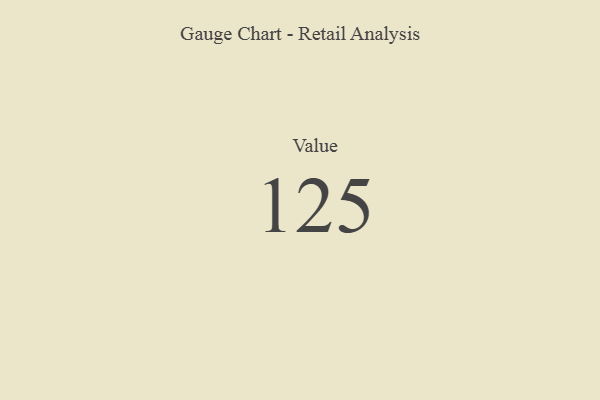
{"axis": {"x": "Metric", "y": "Value"}, "legend": [""], "data": [{"x": "Value", "y": 125, "type": ""}]}